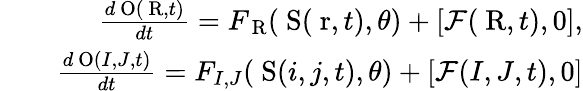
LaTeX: \begin{array}{rlr}&{}&{\frac{d\mathrm{{\mathbf~O}}(\mathrm{{\mathbf~R}},t)}{dt}=F_{\mathrm{{\mathbf~R}}}({\mathrm{{\mathbf~S}}}(\mathrm{{\mathbf~r}},t),\theta)+[{\cal F}(\mathrm{{\mathbf~R}},t),0],}\\ &{}&{\frac{d\mathrm{{\mathbf~O}}(I,J,t)}{dt}=F_{I,J}({\mathrm{{\mathbf~S}}}(i,j,t),\theta)+[{\cal F}(I,J,t),0]}\end{array}